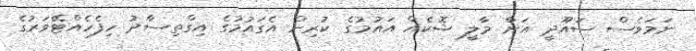
ނަމަވެސް ސައޫދީ އަށް މާލީ ޝޮކެއް އައުމުގެ ކުރިން އެގައުމުގެ އިގްތިސާދު ހިފެހެއްޓޭވަރުގެ